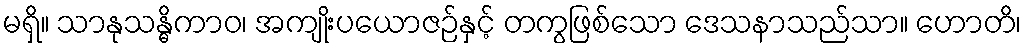
မရှိ။ သာနုသန္ဓိကာဝ၊ အကျိုးပယောဇဉ်နှင့် တကွဖြစ်သော ဒေသနာသည်သာ။ ဟောတိ၊